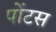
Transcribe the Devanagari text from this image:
पोंटस